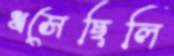
ধসেছিলি